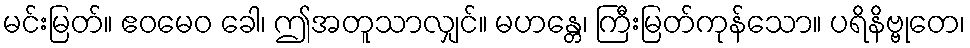
မင်းမြတ်။ ဧဝမေဝ ခေါ၊ ဤအတူသာလျှင်။ မဟန္တေ၊ ကြီးမြတ်ကုန်သော။ ပရိနိဗ္ဗုတေ၊